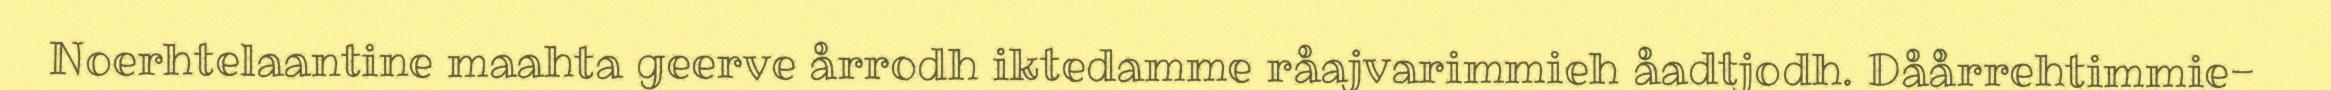
Noerhtelaantine maahta geerve årrodh iktedamme råajvarimmieh åadtjodh. Dåårrehtimmie-